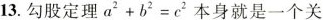
13.勾股定理$$a^{2}+b^{2}=c^{2}$$本身就是一个关